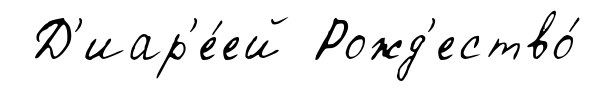
Д'иар'е́ей Рожд'ество́